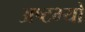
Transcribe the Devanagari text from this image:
अष्टभ्यो